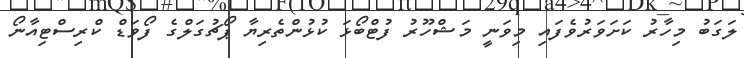
ލަގަބު މިހާރު ކަށަވަރުވެފައި މިވަނީ މަޝްހޫރު ފުޓްބޯޅަ ކުޅުންތެރިޔާ ޕޯޗުގަލްގެ ފޯވަޑް ކްރިސްޓިއާނޯ